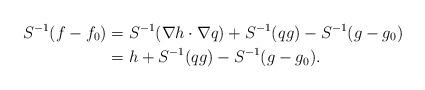
LaTeX: \begin{align*}S^{-1}(f-f_0) &= S^{-1}(\nabla{h} \cdot \nabla{q}) + S^{-1}(qg) - S^{-1}(g-g_0) \\&= h + S^{-1}(qg) - S^{-1}(g-g_0).\end{align*}